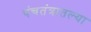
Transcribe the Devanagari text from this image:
पंचतंत्रातल्या